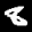
Label: 8